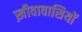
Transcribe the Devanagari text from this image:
ख़ीवावासियों